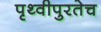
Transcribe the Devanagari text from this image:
पृथ्वीपुरतेच